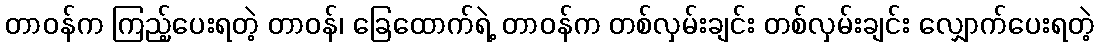
တာဝန်က ကြည့်ပေးရတဲ့ တာဝန်၊ ခြေထောက်ရဲ့ တာဝန်က တစ်လှမ်းချင်း တစ်လှမ်းချင်း လျှောက်ပေးရတဲ့